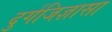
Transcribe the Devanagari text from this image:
दुर्गजिज्ञासा